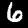
Digit: 6